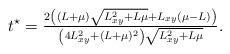
\begin{align*}t^\star=\tfrac{2\left((L+\mu)\sqrt{L_{xy}^2+L\mu}+L_{xy}(\mu-L)\right)}{\left(4L_{xy}^2+(L+\mu)^2\right)\sqrt{L_{xy}^2+L\mu}}.\end{align*}